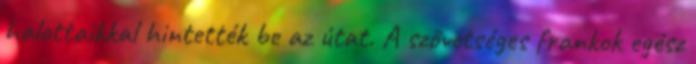
halottaikkal hintették be az útat. A szövetséges frankok egész